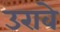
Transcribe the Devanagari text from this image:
उरावे